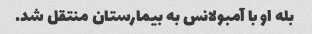
بله او با آمبولانس به بیمارستان منتقل شد.